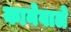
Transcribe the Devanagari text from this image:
कानेवाले